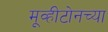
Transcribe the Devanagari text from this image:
मूव्हीटोनच्या